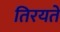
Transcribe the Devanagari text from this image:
तिरयते